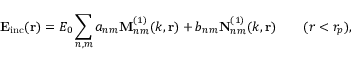
\mathbf { E _ { \mathrm { i n c } } } ( \mathbf { r } ) = E _ { 0 } \sum _ { n , m } a _ { n m } \mathbf { M } _ { n m } ^ { ( 1 ) } ( k , \mathbf { r } ) + b _ { n m } \mathbf { N } _ { n m } ^ { ( 1 ) } ( k , \mathbf { r } ) \qquad ( r < r _ { p } ) ,